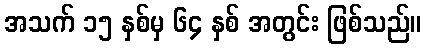
အသက် ၁၅ နှစ်မှ ၆၄ နှစ် အတွင်း ဖြစ်သည်။